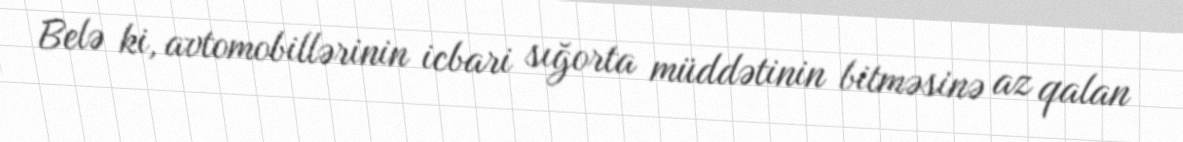
Belə ki, avtomobillərinin icbari sığorta müddətinin bitməsinə az qalan